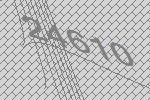
24610